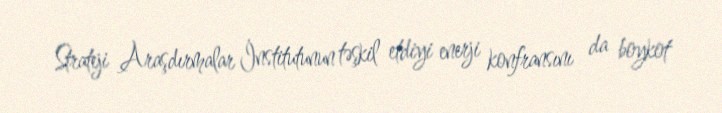
Strateji Araşdırmalar İnstitutunun təşkil etdiyi enerji konfransını da boykot